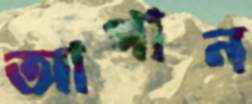
আগান